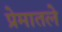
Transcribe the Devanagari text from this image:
प्रेमातले